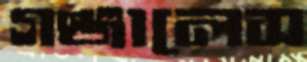
গঞ্জালেস